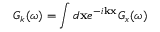
G _ { k } ( \omega ) = \int d \mathbf { x } e ^ { - i \mathbf { k } \bf x } G _ { x } ( \omega )